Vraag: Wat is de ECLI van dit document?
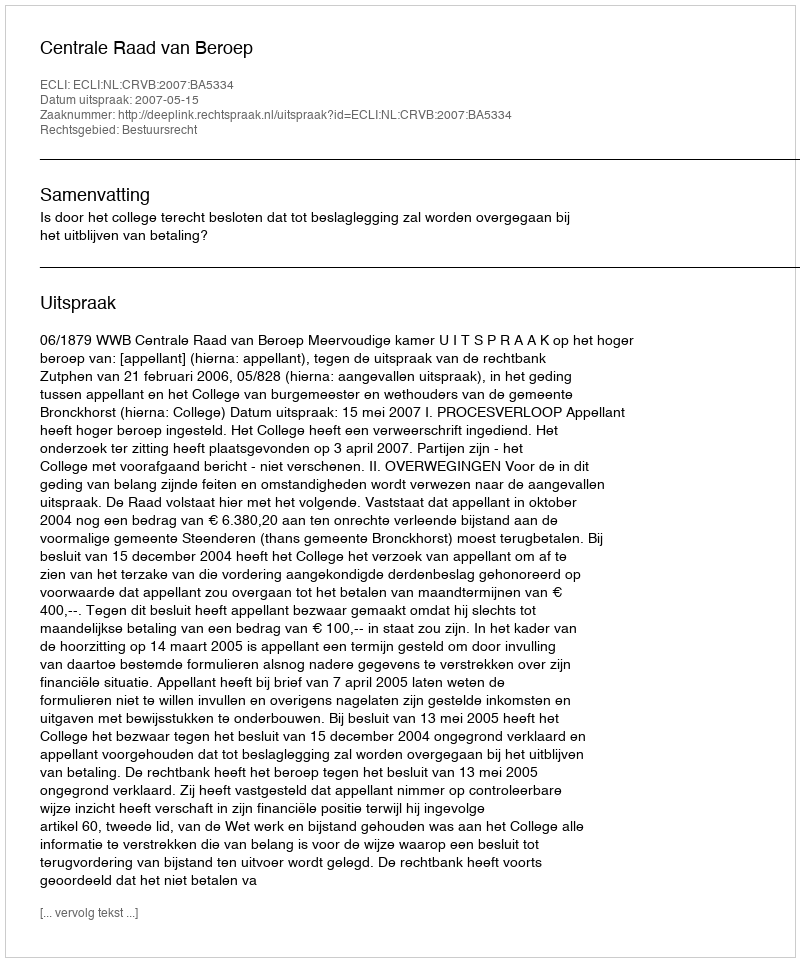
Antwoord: ECLI:NL:CRVB:2007:BA5334